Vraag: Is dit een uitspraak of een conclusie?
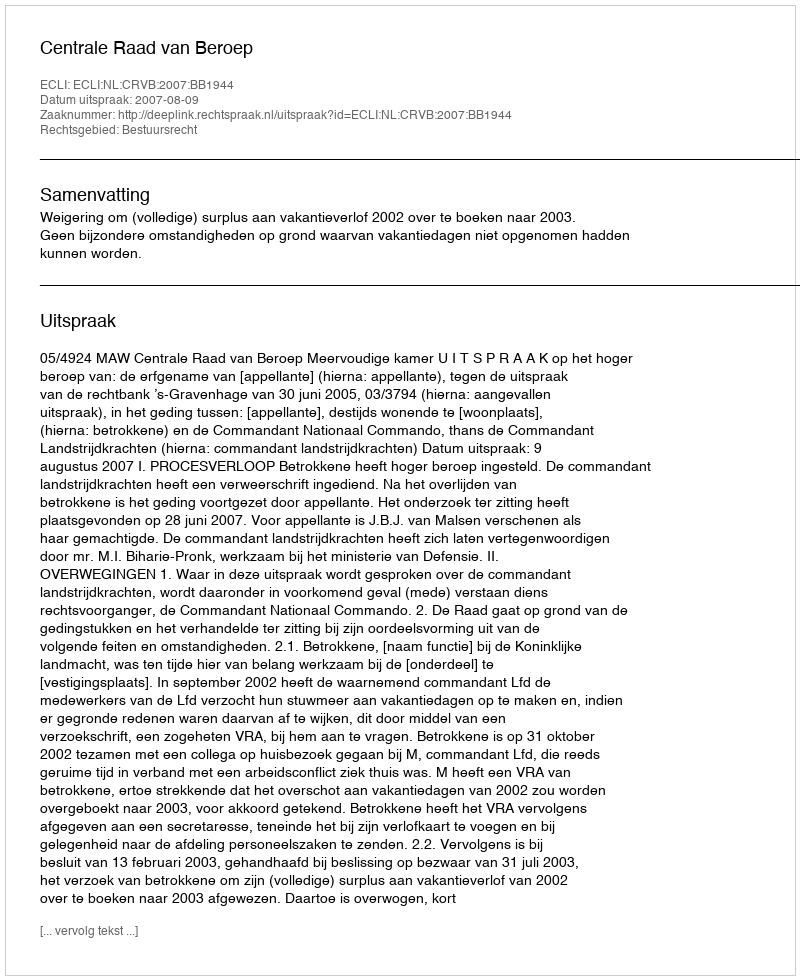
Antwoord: Uitspraak